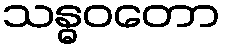
သန္ဓဝတော